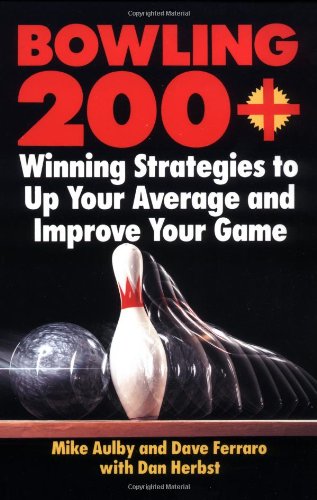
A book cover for Bowling 200+; Mike Aulby; Sports & Outdoors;